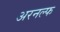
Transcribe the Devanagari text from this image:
अरनल्फ